342_HS1-416511228_319.1 Flying Discs 1949
Agency: Department of War
Incident date: 1/9/50
Page 68
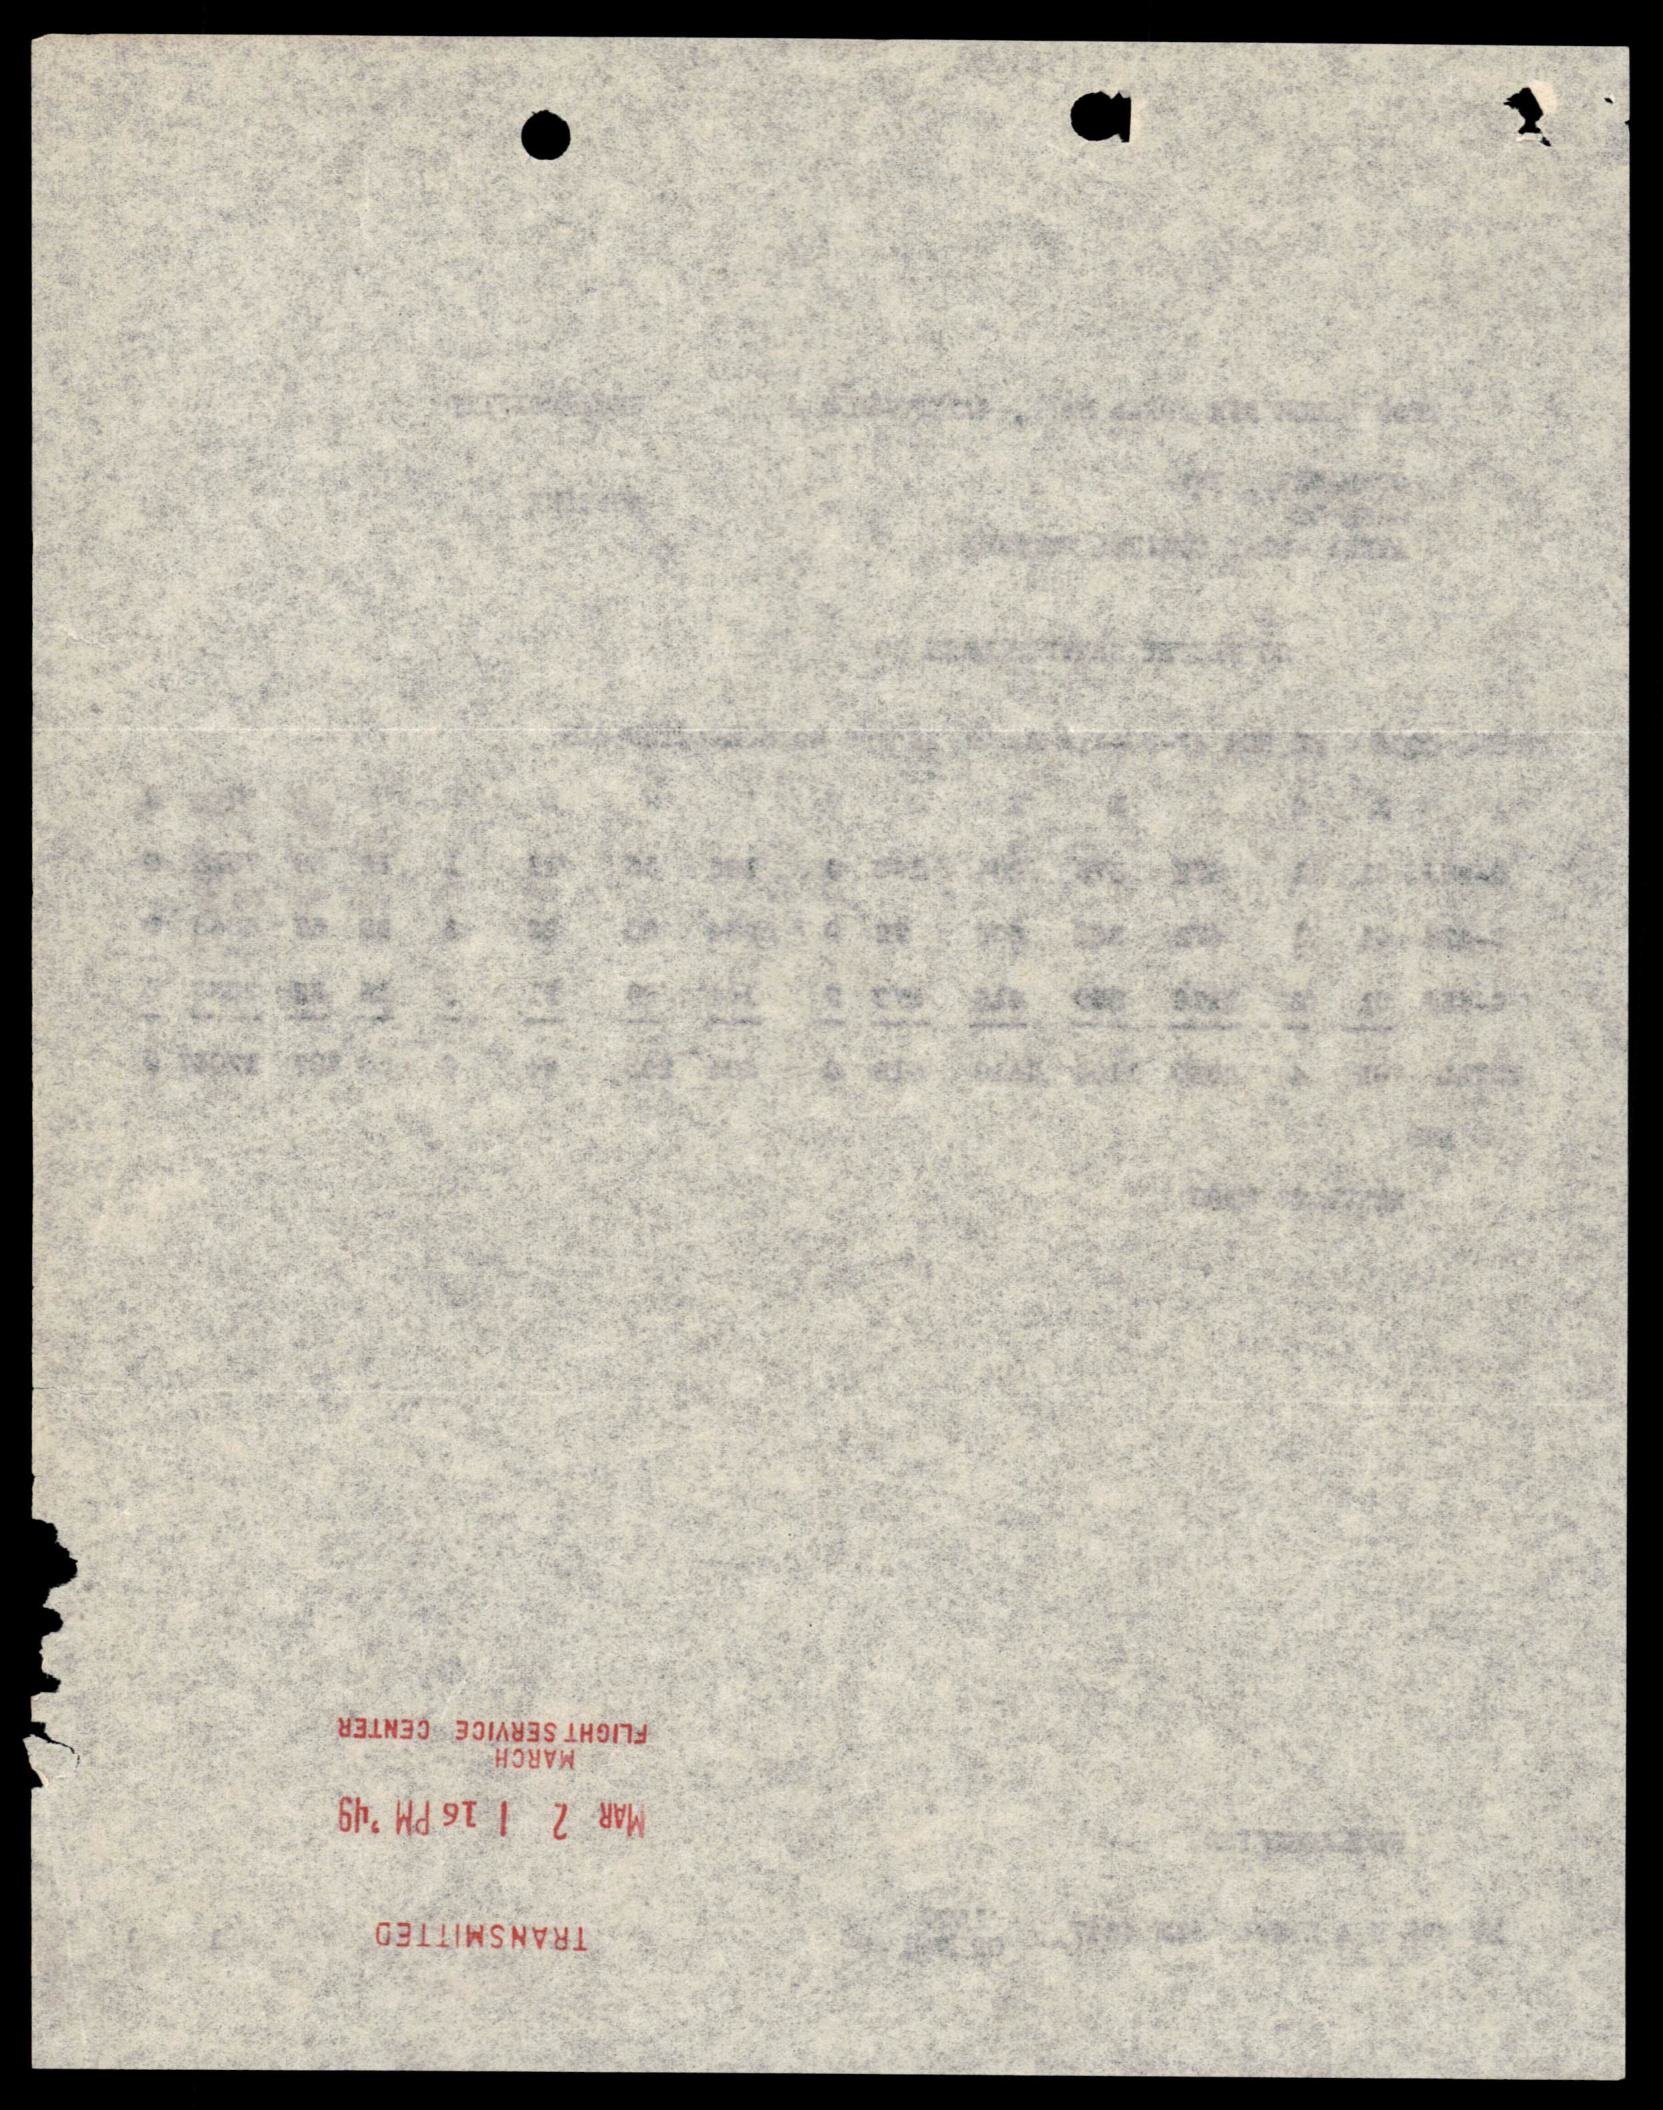